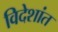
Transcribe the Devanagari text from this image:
विदेशांत